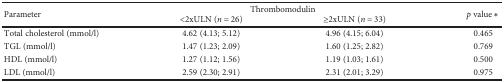
<table><thead><tr><td rowspan="2"><b>Parameter</b></td><td colspan="2"><b>Thrombomodulin</b></td><td rowspan="2"><b><i>p</i> value∗</b></td></tr><tr><td><b>&lt;2xULN (<i>n</i> = 26)</b></td><td><b>≥2xULN (<i>n</i> = 33)</b></td></tr></thead><tbody><tr><td>Total cholesterol (mmol/l)</td><td>4.62 (4.13; 5.12)</td><td>4.96 (4.15; 6.04)</td><td>0.465</td></tr><tr><td>TGL (mmol/l)</td><td>1.47 (1.23; 2.09)</td><td>1.60 (1.25; 2.82)</td><td>0.769</td></tr><tr><td>HDL (mmol/l)</td><td>1.27 (1.12; 1.56)</td><td>1.19 (1.03; 1.61)</td><td>0.500</td></tr><tr><td>LDL (mmol/l)</td><td>2.59 (2.30; 2.91)</td><td>2.31 (2.01; 3.29)</td><td>0.975</td></tr></tbody></table>